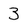
Character: 3